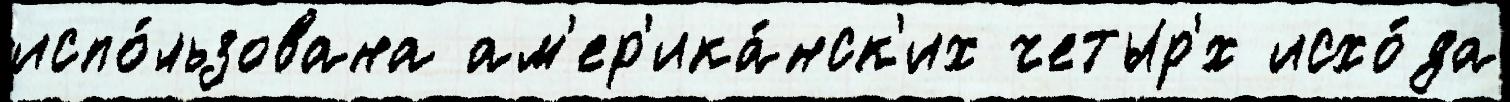
испо́льзована ам'ер'ика́нск'их четыр'́х исхо́да